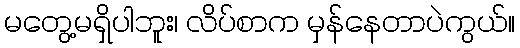
မတွေ့မရှိပါဘူး၊ လိပ်စာက မှန်နေတာပဲကွယ်။